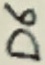
Text: D6